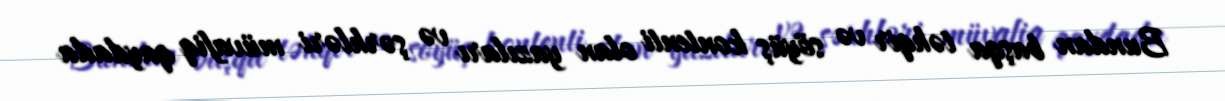
Bundan başqa təhqir və söyüş kontenti olan yazıları və şərhləri müvafiq qaydada